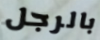
بالرجل